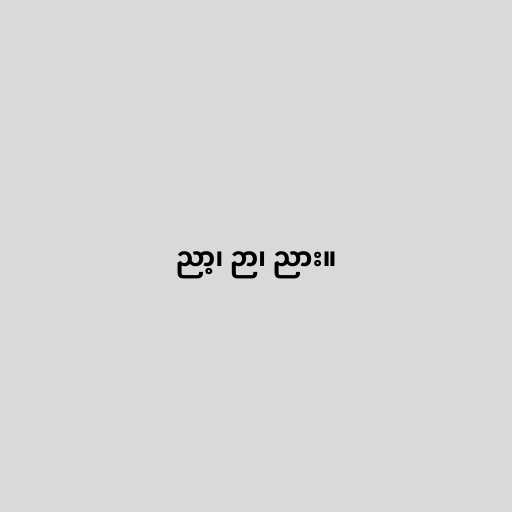
ညာ့၊ ဉာ၊ ညား။